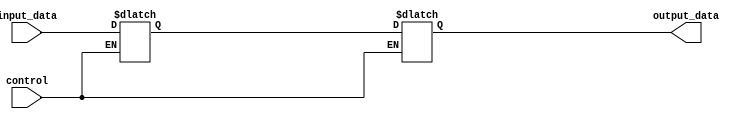
module bi_directional_buffer (
    input wire control,
    input wire input_data,
    output reg output_data
);

    reg internal_data;

    always @ (control, input_data)
    begin
        if (control)
            internal_data <= input_data;
        else
            output_data <= internal_data;
    end

endmodule